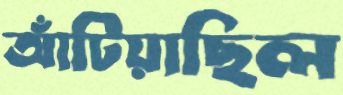
আঁটিয়াছিল